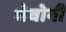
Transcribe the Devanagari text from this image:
घेवोनी